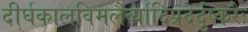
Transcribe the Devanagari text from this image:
दीर्घकालविमलैर्व्यादिप्रदैर्दुष्करैः